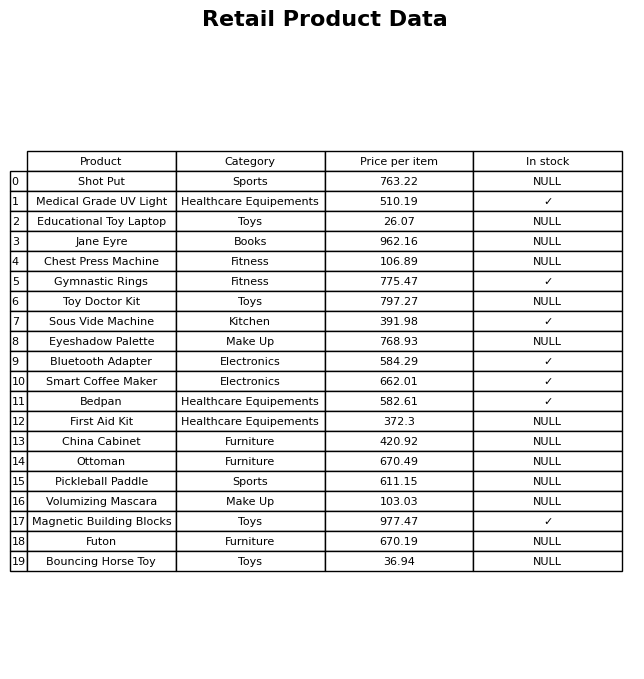
question: Which products are currently out of stock?
answer: Shot Put, Educational Toy Laptop, Jane Eyre, Chest Press Machine, Toy Doctor Kit, Eyeshadow Palette, First Aid Kit, China Cabinet, Ottoman, Pickleball Paddle, Volumizing Mascara, Futon, Bouncing Horse Toy